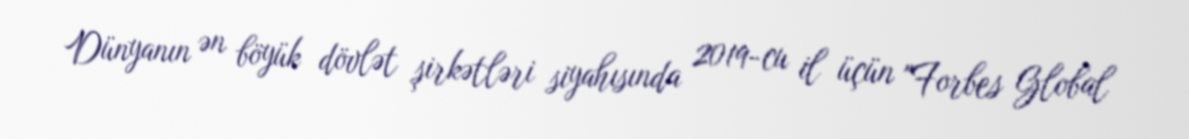
Dünyanın ən böyük dövlət şirkətləri siyahısında 2019-cu il üçün "Forbes Global